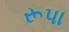
રૂપા